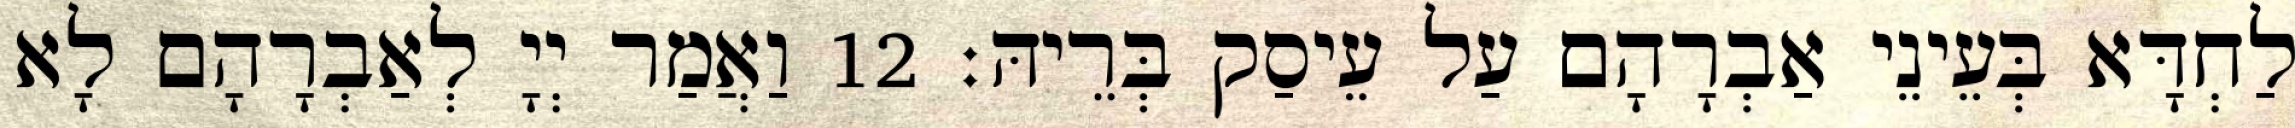
לַחְדָּא בְּעֵינֵי אַבְרָהָם עַל עֵיסַק בְּרֵיהּ׃ 12 וַאֲמַר יְיָ לְאַבְרָהָם לָא